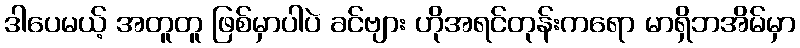
ဒါပေမယ့် အတူတူ ဖြစ်မှာပါပဲ ခင်ဗျား ဟိုအရင်တုန်းကရော မာရှိဘအိမ်မှာ